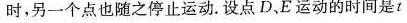
时，另一个点也随之停止运动。设点D、E运动的时间是t